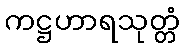
ကဋ္ဌဟာရသုတ္တံ